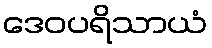
ဒေဝပရိသာယံ